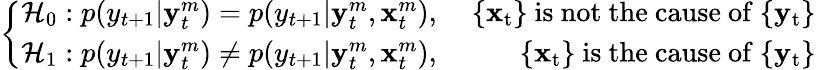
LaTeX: \left\{ \begin{array}{lr}{\mathcal{H}_{0}:p(y_{t+1}|\mathbf{y}_{t}^{m})=p(y_{t+1}|\mathbf{y}_{t}^{m},\mathbf{x}_{t}^{m}),}&{\mathrm{~\{ \mathbf{x}_t\} ~is~not~the~cause~of~\{ \mathbf{y}_t\} ~}}\\ {\mathcal{H}_{1}:p(y_{t+1}|\mathbf{y}_{t}^{m})\neq p(y_{t+1}|\mathbf{y}_{t}^{m},\mathbf{x}_{t}^{m}),}&{\mathrm{~\{ \mathbf{x}_t\} ~is~the~cause~of~\{ \mathbf{y}_t\} ~}}\end{array}\right.